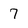
Character: 7